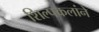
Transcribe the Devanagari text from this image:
शिल्पकलांने